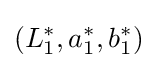
(L_{1}^{*},a_{1}^{*},b_{1}^{*})